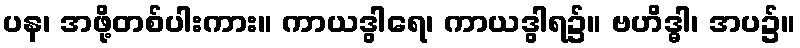
ပန၊ အဖို့တစ်ပါးကား။ ကာယဒွါရေ၊ ကာယဒွါရ၌။ ဗဟိဒ္ဓါ၊ အပ၌။